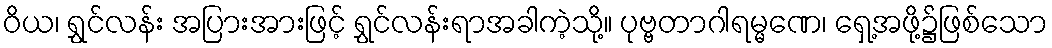
ဝိယ၊ ရွှင်လန်း အပြားအားဖြင့် ရွှင်လန်းရာအခါကဲ့သို့။ ပုဗ္ဗတာဂါရမ္မဏေ၊ ရှေ့အဖို့၌ဖြစ်သော